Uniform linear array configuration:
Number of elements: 48
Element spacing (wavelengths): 1
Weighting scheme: kaiser
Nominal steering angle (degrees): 45
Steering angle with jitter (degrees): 45.831
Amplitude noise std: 0.05
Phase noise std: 0.05

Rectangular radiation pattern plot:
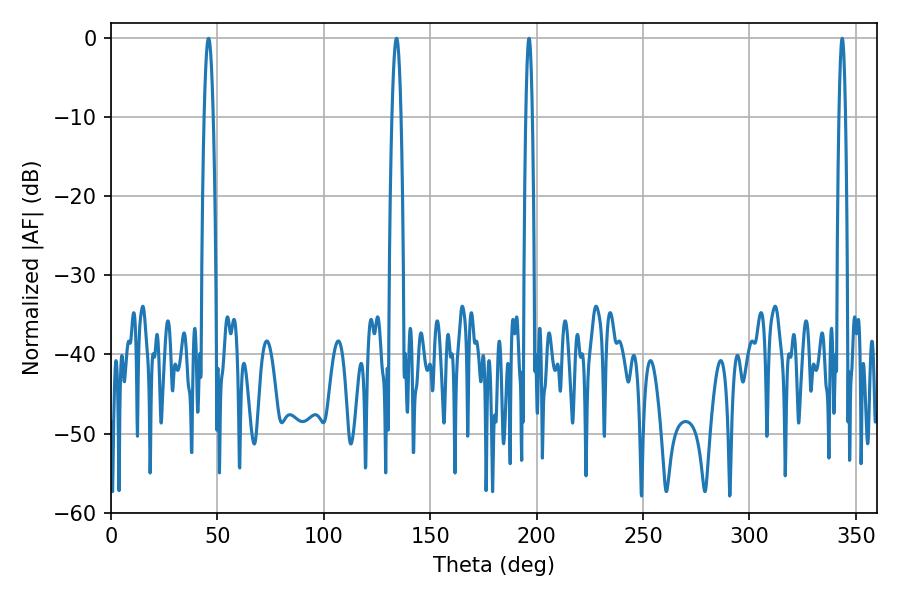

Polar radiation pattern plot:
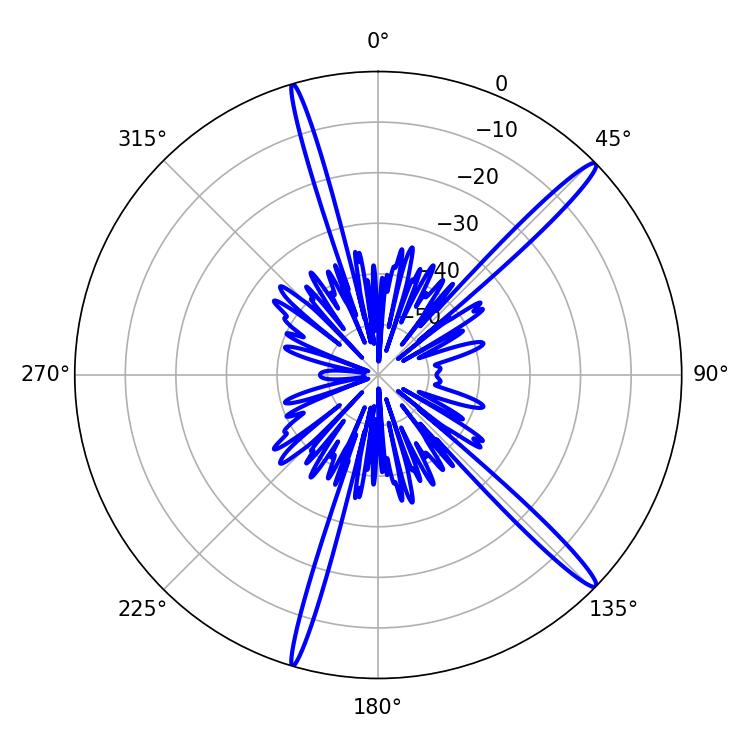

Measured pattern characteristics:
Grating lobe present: TRUE
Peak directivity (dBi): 16.402
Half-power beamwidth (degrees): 1.62
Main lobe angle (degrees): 196.38